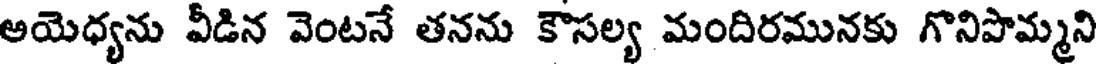
అయెధ్యను వీడిన వెంటనే తనను కౌసల్య మందిరమునకు గొనిపొమ్మని